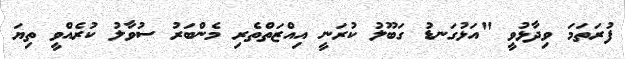
ފުރަތަމަ ވިދާޅުވީ "އަޅުގަނޑު ގަބޫލު ކުރަނީ އިއްޒަތްތެރި މެންބަރު ސުވާލު ކުރެއްވީ ތިޔަ